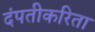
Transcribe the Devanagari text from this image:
दंपतीकरिता